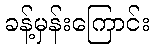
ခန့်မှန်းကြောင်း